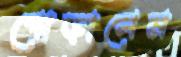
পোড়ালেম